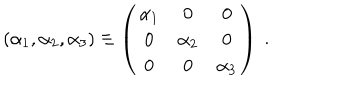
LaTeX: ( \alpha _ { 1 } , \alpha _ { 2 } , \alpha _ { 3 } ) \equiv \left( \begin{array} { c c c } { { \alpha _ { 1 } } } & { { 0 } } & { { 0 } } \\ { { 0 } } & { { \alpha _ { 2 } } } & { { 0 } } \\ { { 0 } } & { { 0 } } & { { \alpha _ { 3 } } } \\ \end{array} \right) ~ . ~ \,